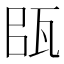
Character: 𤬴